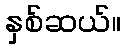
နှစ်ဆယ်။